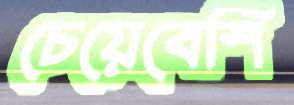
চেয়েবেশি